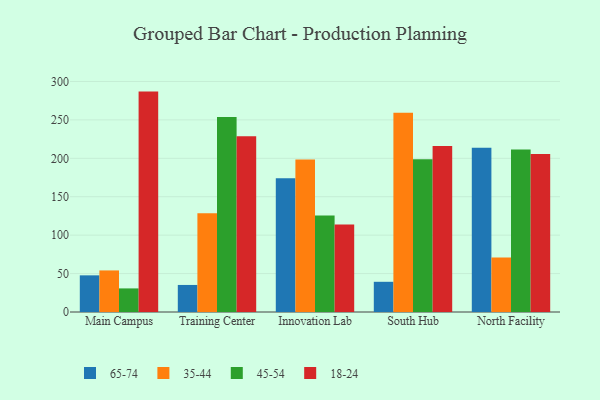
{"axis": {"x": "Campus", "y": "Latency (ms)"}, "legend": ["18-24", "35-44", "45-54", "65-74"], "data": [{"x": "Main Campus", "y": 47.7, "type": "65-74"}, {"x": "Main Campus", "y": 54.1, "type": "35-44"}, {"x": "Main Campus", "y": 30.7, "type": "45-54"}, {"x": "Main Campus", "y": 286.8, "type": "18-24"}, {"x": "Training Center", "y": 35.2, "type": "65-74"}, {"x": "Training Center", "y": 128.6, "type": "35-44"}, {"x": "Training Center", "y": 253.8, "type": "45-54"}, {"x": "Training Center", "y": 228.7, "type": "18-24"}, {"x": "Innovation Lab", "y": 174.2, "type": "65-74"}, {"x": "Innovation Lab", "y": 198.5, "type": "35-44"}, {"x": "Innovation Lab", "y": 125.5, "type": "45-54"}, {"x": "Innovation Lab", "y": 113.8, "type": "18-24"}, {"x": "South Hub", "y": 39.3, "type": "65-74"}, {"x": "South Hub", "y": 259.3, "type": "35-44"}, {"x": "South Hub", "y": 198.7, "type": "45-54"}, {"x": "South Hub", "y": 215.9, "type": "18-24"}, {"x": "North Facility", "y": 213.7, "type": "65-74"}, {"x": "North Facility", "y": 70.9, "type": "35-44"}, {"x": "North Facility", "y": 211.4, "type": "45-54"}, {"x": "North Facility", "y": 205.6, "type": "18-24"}]}